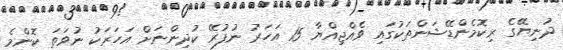
ދުނިޔޭގެ ރިކޮމެންޑޭޝަންތަކުގައި ވެއްޖިއްޔާ 15 އަހަރު ނުފުރޭ ކުދިންނަށް އަހަރަކު ނުވަތަ ކޮންމެ